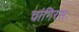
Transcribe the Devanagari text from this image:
चांगिरसः